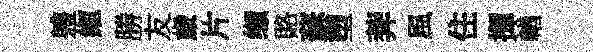
軆縆勝友歲片缬賂蘇塑莾風住揮輶